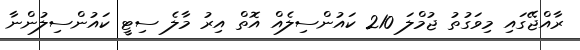
ރާއްޖޭގައި މިވަގުތު ޖުމްލަ 210 ކައުންސިލެއް އޮތް އިރު މާލެ ސިޓީ ކައުންސިލުންނާ